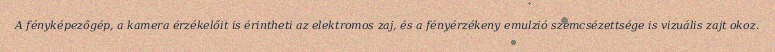
A fényképezőgép, a kamera érzékelőit is érintheti az elektromos zaj, és a fényérzékeny emulzió szemcsézettsége is vizuális zajt okoz.